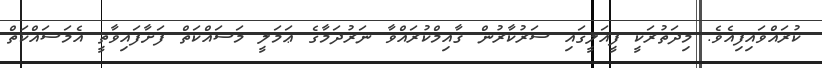
ކުރައްވައިފިއެވެ. މިދަތުރަކީ ފީއަލީގައި ސަރުކާރުން ޤާއިމްކުރައްވާ ނަރުދަމާގެ ޢަމަލީ މަސައްކަތް ފަށާފައިވާތީ އެމަސައްކަތް